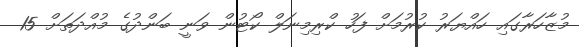
މުޒާހަރާގައި ހައްޔަރު ކުރުމަށް ފަހު ކްރިމިނަލް ކޯޓުން ވަނީ ބަންދުގެ މުއްދަތަށް 15